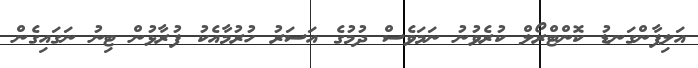
އަލިފާންގަނޑު ކޮންޓްރޯލް ކުރެވުނު ނަމަވެސް ދުމުގެ އަސަރު ހުރުމާއެކު ފުރާޅުން ޓިނު ނަގައިގެން